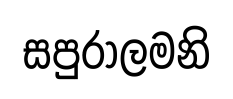
සපුරාලමනි